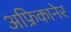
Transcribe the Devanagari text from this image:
अफ्रिकानेर